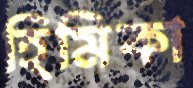
হিমিকা